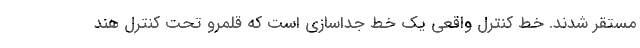
مستقر شدند. خط کنترل واقعی یک خط جداسازی است که قلمرو تحت کنترل هند